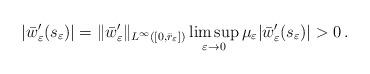
LaTeX: \begin{align*}|\bar{w}'_\varepsilon(s_\varepsilon)|=\|\bar{w}'_\varepsilon\|_{L^\infty([0,\bar{r}_\varepsilon])}\limsup_{\varepsilon\to 0}\mu_\varepsilon |\bar{w}'_\varepsilon(s_\varepsilon)|>0\,.\end{align*}